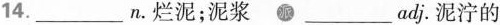
14. ___ n.烂泥;泥浆 ____ adj.泥泞的